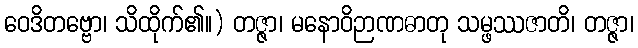
ဝေဒိတဗ္ဗော၊ သိထိုက်၏။) တဇ္ဇာ၊ မနောဝိဉာဏဓာတု သမ္ဖဿဇာတိ၊ တဇ္ဇာ၊